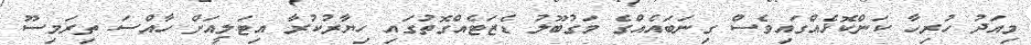
މިއަދު ހުރިހާ ކަންކޮޅެއްގައިވެސް ގިނަބައެއްގެ މަގުބޫލު ޑެޒަޓެއްގޮތުގައި ހިޔާރުކުރާ އިޓަލީއަށް ހާއްސަ ތިރަމިސޫ